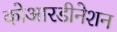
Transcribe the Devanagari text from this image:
कोआरडीनेशन